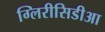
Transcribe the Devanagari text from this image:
ग्लिरीसिडीआ